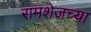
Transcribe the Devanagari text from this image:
रामशेजच्या